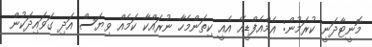
މޮނީޓާދަނީ ކުރަމުން: އެމްއެފްޑީއޭ އެއީ ކިތަންމެހާ ނުރައްކާ ކަމެއް ވިޔަސް އަދި ގަވައިދަކުން